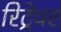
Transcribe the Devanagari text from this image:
रिट्रेवर